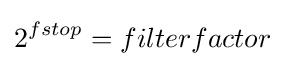
2^{fstop}=filterfactor